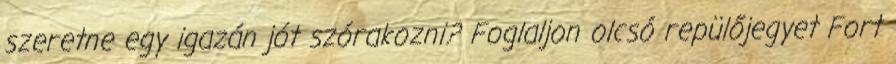
szeretne egy igazán jót szórakozni? Foglaljon olcsó repülőjegyet Fort